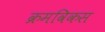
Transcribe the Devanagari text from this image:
क्रमविकस